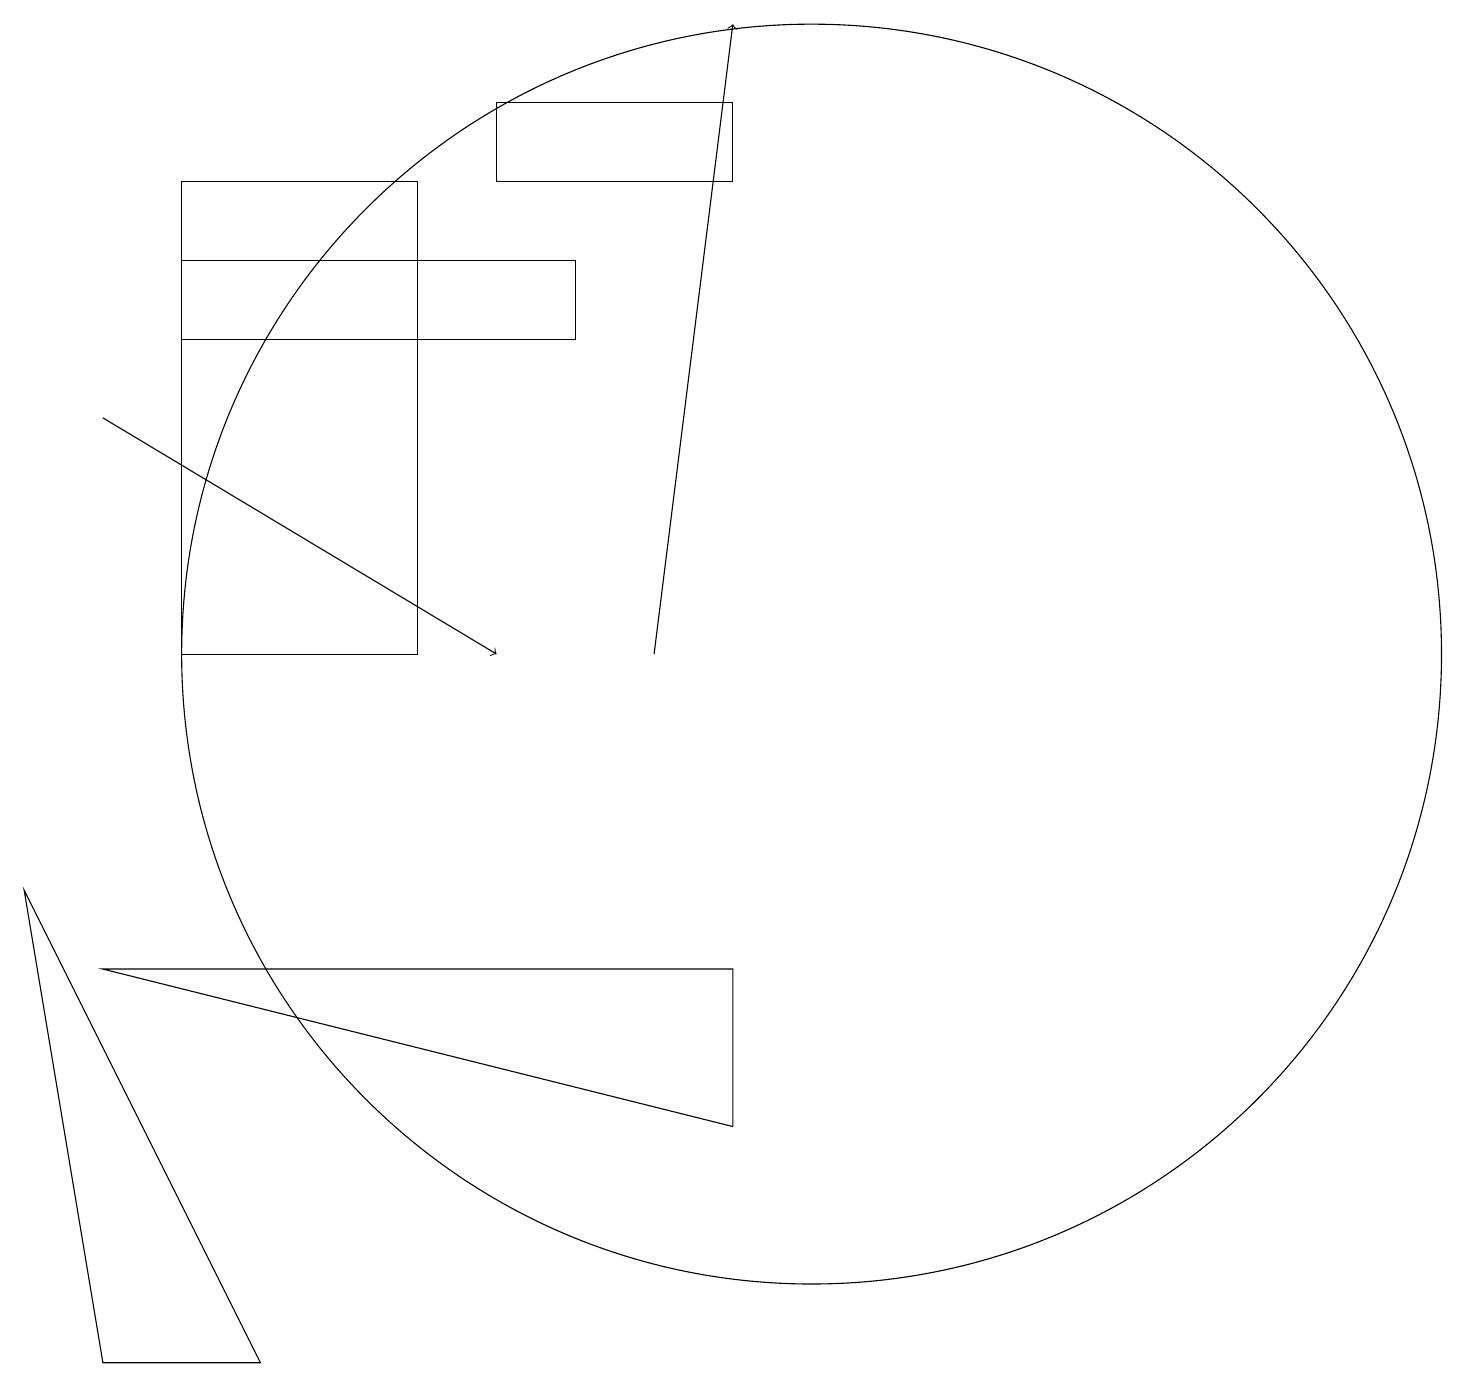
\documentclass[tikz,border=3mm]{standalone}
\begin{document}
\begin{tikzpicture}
\draw (10,10) circle (8);
\draw (2,15) rectangle (7,14);
\draw (9,6) -- (9,4) -- (1,6) -- cycle;
\draw[->] (8,10) -- (9,18);
\draw (5,10) rectangle (2,16);
\draw (1,1) -- (3,1) -- (0,7) -- cycle;
\draw (6,16) rectangle (9,17);
\draw[->] (1,13) -- (6,10);
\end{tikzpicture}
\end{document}